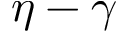
\eta - \gamma